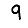
Digit: 9